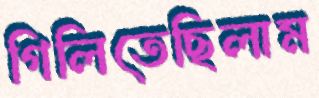
গিলিতেছিলাম